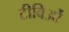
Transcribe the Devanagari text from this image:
टीविओं